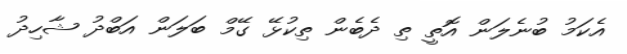
އެކަމު ބުނެލަން އޮތީ ތި ދެބެން ތިކުޅޭ ގޭމް ބަލަން އަބްދު ޝާހިދު